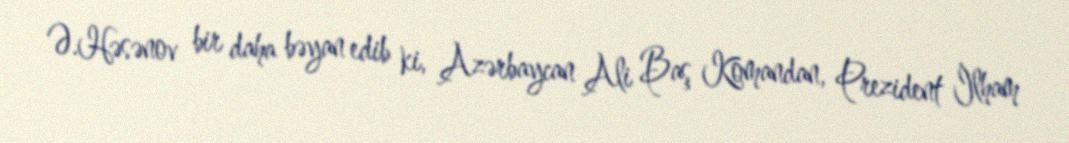
Ə.Həsənov bir daha bəyan edib ki, Azərbaycan Ali Baş Komandan, Prezident İlham